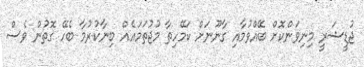
ޖުޑީޝަރީ މިނިވަންކޮށް ބޭއްވުމާއި ގާނޫނަށް ކަމޭހިތާ މުޖުތަމައެއް ބިނާކުރުމާ ބެހޭ ގޮތުން ވެސް